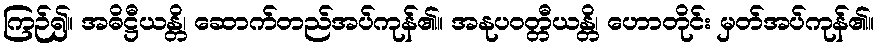
ကြဉ်၍။ အဓိဋ္ဌီယန္တိ၊ ဆောက်တည်အပ်ကုန်၏။ အနုပဝတ္တီယန္တိ၊ ဟောတိုင်း မှတ်အပ်ကုန်၏။